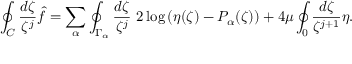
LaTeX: \oint _ { C } \frac { d \zeta } { \zeta ^ { j } } \hat { f } = \sum _ { \alpha } \oint _ { \Gamma _ { \alpha } } \frac { d \zeta } { \zeta ^ { j } } \ 2 \log \left( \eta ( \zeta ) - P _ { \alpha } ( \zeta ) \right) + 4 \mu \oint _ { 0 } \frac { d \zeta } { \zeta ^ { j + 1 } } \eta .